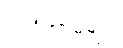
ဒါယိကာမများ